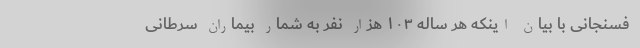
فسنجانی با بیان اینکه هر ساله ۱۰۳ هزار نفر به شمار بیماران سرطانی